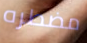
مضطره